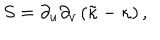
S = \partial _ { u } \partial _ { v } \left( \tilde { \kappa } - \kappa \right) ,